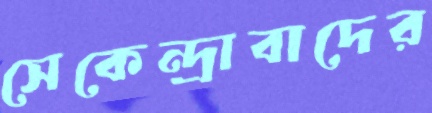
সেকেন্দ্রাবাদের